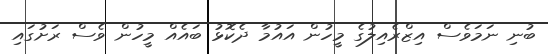
ބުނި ނަމަވެސް އިޒްރެއިލުގެ މީހުން އައުމާ ދެކޮޅު ބައެއް މީހުން ވެސް ރަށުގައި